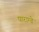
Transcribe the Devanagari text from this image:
पाराग्वे